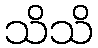
သိသိ